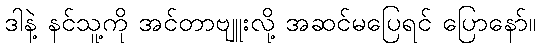
ဒါနဲ့ နင်သူ့ကို အင်တာဗျူးလို့ အဆင်မပြေရင် ပြောနော်။